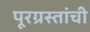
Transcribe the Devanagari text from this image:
पूरग्रस्तांची